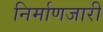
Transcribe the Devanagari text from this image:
निर्माणजारी